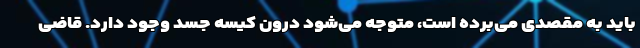
باید به مقصدی می‌برده است، متوجه می‌شود درون کیسه جسد وجود دارد. قاضی